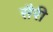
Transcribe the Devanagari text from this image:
सैरी